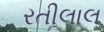
રતીલાલ